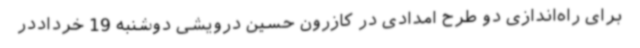
برای راه‌اندازی دو طرح امدادی در کازرون حسین درویشی دوشنبه 19 خرداددر